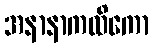
အနာနာကထိကော